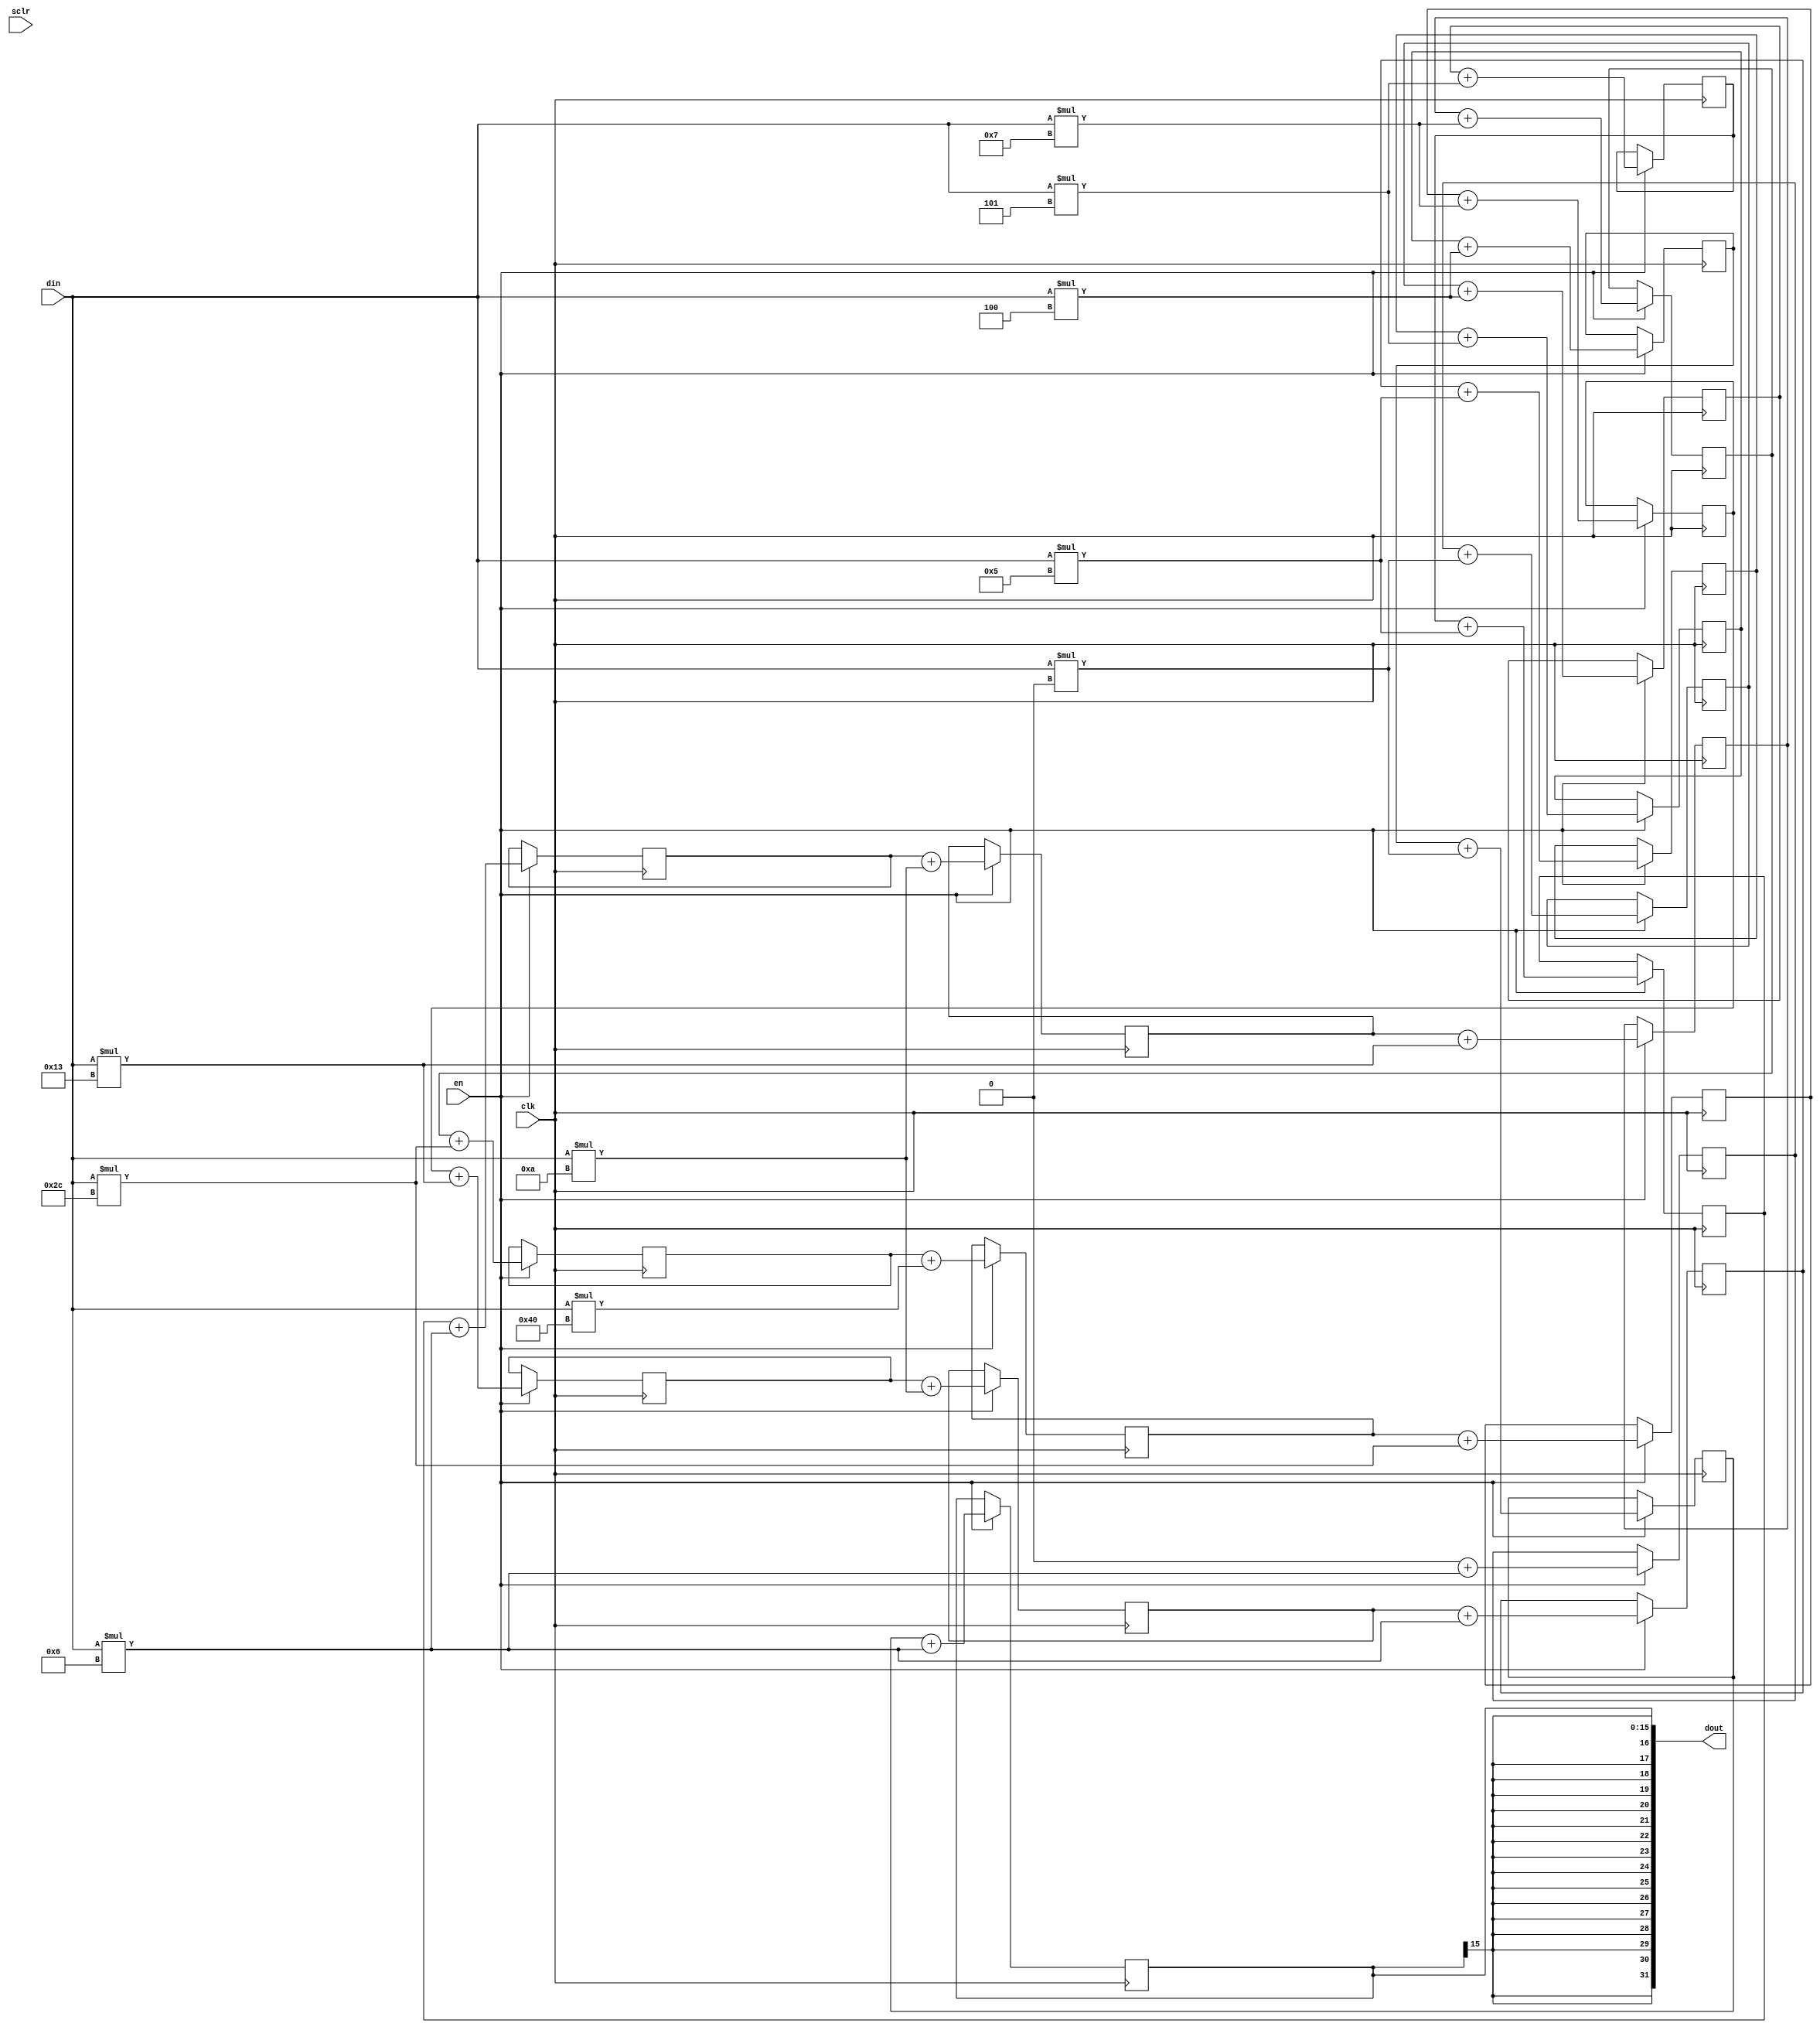
module gfirTF
#(parameter
	C_IWIDTH = 16,
	C_OWIDTH = 32,
	C_CWIDTH = 16,
	C_CLENGTH = 21
)
(
	input                         clk           ,
	input                         sclr          ,

	input                         en            ,
	input  signed [C_IWIDTH-1:0]  din           ,
	output signed [C_OWIDTH-1:0]  dout          

);

//-------------------------------------------------------------------
// Signal Declaration
//-------------------------------------------------------------------
	
	wire signed [C_CWIDTH-1:0] coeff_mem[0:C_CLENGTH-1];
	reg signed [C_IWIDTH-1:0] X_reg[0:C_CLENGTH-1];
	
	wire signed [C_IWIDTH-1:0] X_k;
	
//-------------------------------------------------------------------
// Coefficient Declaration
//-------------------------------------------------------------------
	
	assign coeff_mem[0] = 6;
	assign coeff_mem[1] = 0;
	assign coeff_mem[2] = -4;
	assign coeff_mem[3] = -3;
	assign coeff_mem[4] = 5;
	assign coeff_mem[5] = 6;
	assign coeff_mem[6] = -6;
	assign coeff_mem[7] = -13;
	assign coeff_mem[8] = 7;
	assign coeff_mem[9] = 44;
	
	assign coeff_mem[10] = 64;
	
	assign coeff_mem[11] = 44;
	assign coeff_mem[12] = 7;
	assign coeff_mem[13] = -13;
	assign coeff_mem[14] = -6;
	assign coeff_mem[15] = 6;
	assign coeff_mem[16] = 5;
	assign coeff_mem[17] = -3;
	assign coeff_mem[18] = -4;
	assign coeff_mem[19] = 0;
	assign coeff_mem[20] = 6;
	
//-------------------------------------------------------------------
// Datapath Registers
//-------------------------------------------------------------------
	
	/* datapath: transposed tapped delay lines */
	integer i;
	always @(posedge clk) begin
		if (en==1'b1) begin
			X_reg[0] <= 0 + X_k * coeff_mem[C_CLENGTH-1];
			for (i = 1; i <= C_CLENGTH-1; i = i + 1)
				X_reg[i] <= X_reg[i-1] + X_k * coeff_mem[C_CLENGTH-i-1];
				
		end
	end
	
	assign X_k  = din;
	assign dout = X_reg[C_CLENGTH-1];
	
	// synthesis translate_off
	initial begin
		for (i = 0; i <= C_CLENGTH-1; i = i + 1)
			X_reg[i] <= 'h0;
	end
	// synthesis translate_on
	
endmodule